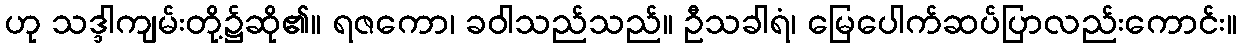
ဟု သဒ္ဒါကျမ်းတို့၌ဆို၏။ ရဇကော၊ ခဝါသည်သည်။ ဦသခါရံ၊ မြေပေါက်ဆပ်ပြာလည်းကောင်း။